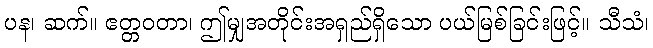
ပန၊ ဆက်။ ဧတ္တဝတာ၊ ဤမျှအတိုင်းအရှည်ရှိသော ပယ်မြစ်ခြင်းဖြင့်။ သီသံ၊